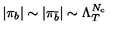
| \pi _ { b } | \sim | \pi _ { \bar { b } } | \sim \Lambda _ { T } ^ { N _ { c } }